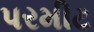
પરમીટ